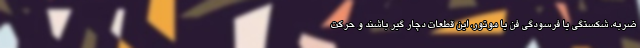
ضربه، شکستگی یا فرسودگی فن یا موتور، این قطعات دچار گیر باشند و حرکت